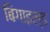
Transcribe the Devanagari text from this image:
बिगाइल्ड